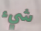
شيء